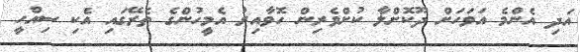
އަދި އެންމެ އަވަހަށް ދޫކޮށްލާ ކުށްވެރިން ހޮވާއިރު އެމީހުންގެ ތެރޭގައި އެކި ސިއްހީ